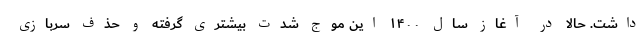
داشت. حالا در آغاز سال ۱۴۰۰ این موج شدت بیشتری گرفته و حذف سربازی